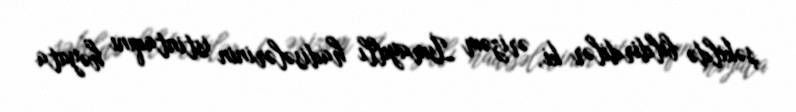
şəkildə bildirdilər ki, ərizəm İsmayıllı hadisələrinin istintaqını həyata